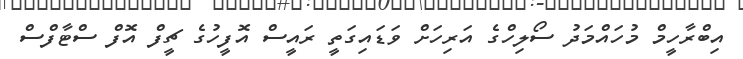
އިބްރާހީމް މުހައްމަދު ސޯލިހްގެ އަރިހަށް ވަޑައިގަތީ ރައީސް އޮފީހުގެ ޗީފް އޮފް ސްޓާފްސް